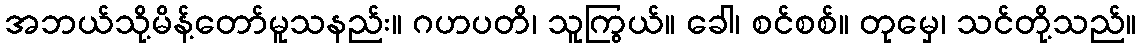
အဘယ်သို့မိန့်တော်မူသနည်း။ ဂဟပတိ၊ သူကြွယ်။ ခေါ၊ စင်စစ်။ တုမှေ၊ သင်တို့သည်။